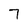
Character: 7